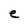
Character: e